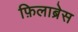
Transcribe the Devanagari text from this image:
फ़िलाब्रेस